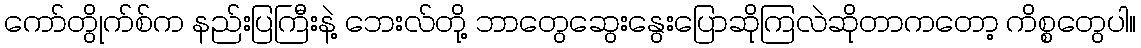
ကော်တွိုက်စ်က နည်းပြကြီးနဲ့ ဘေးလ်တို့ ဘာတွေဆွေးနွေးပြောဆိုကြလဲဆိုတာကတော့ ကိစ္စတွေပါ။